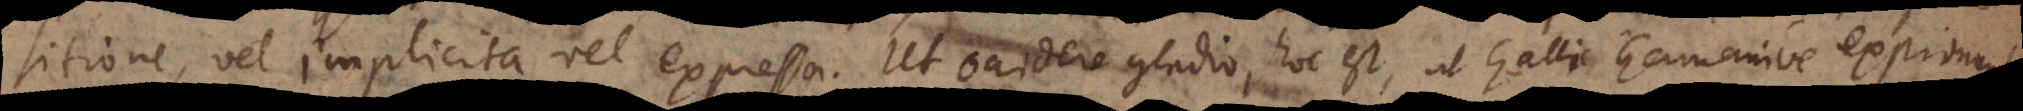
sitione, vel implicita vel expressa. Ut occidere gladio, hoc est, ut Galli Germanive exprimunt,